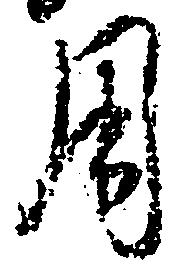
用